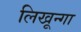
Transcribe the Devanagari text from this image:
लिखून्गा